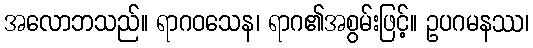
အလောဘသည်။ ရာဂဝသေန၊ ရာဂ၏အစွမ်းဖြင့်။ ဥပဂမနဿ၊